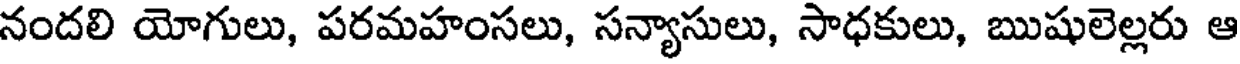
నందలి యోగులు, పరమహంసలు, సన్యాసులు, సాధకులు, ఋషులెల్లరు ఆ